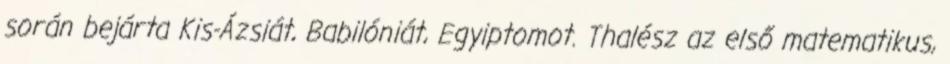
során bejárta Kis-Ázsiát, Babilóniát, Egyiptomot. Thalész az első matematikus,